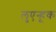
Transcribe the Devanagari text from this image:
लुएन्हूक